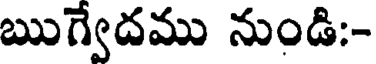
ఋగ్వేదము నుండి:-